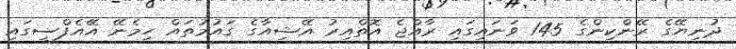
ދުނިޔޭގެ ރޭންކިންގެ 145 ވަނައިގައި ރާއްޖެ އޮތްއިރު އޭޝިއާގެ ގައުމުތައް ހިމެނޭ އޭއެފްސީގައި